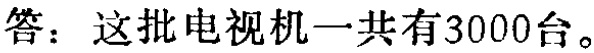
答：这批电视机一共有3000台。